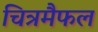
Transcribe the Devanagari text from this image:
चित्रमैफल